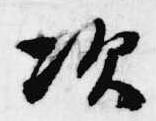
次